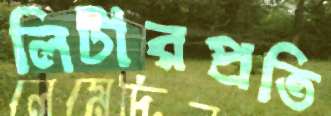
লিটারপ্রতি